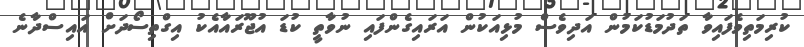
ކުރިމަތިވެފައިވާ ތަދުމަޑުކަމުން އަދިވެސް މުޅިއަކުން އަރައިގެންފައި ނުވާތީ ކުޑަ އުޖޫރައާއެކު އިގްތިސޯދަށް އައިސްދާނެ